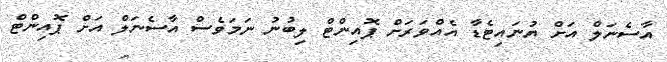
އާސެނަލް އަށް ޔުނައިޓެޑާ އެއްވަރަށް ޕޮއިންޓް ލިބުނު ނަމަވެސް އާސެނަލް އަށް ޕޮއިންޓް